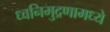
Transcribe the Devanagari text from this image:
ध्वनिमुद्रणामध्ये